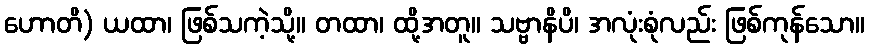
ဟောတိ) ယထာ၊ ဖြစ်သကဲ့သို့။ တထာ၊ ထို့အတူ။ သဗ္ဗာနိပိ၊ အလုံးစုံလည်း ဖြစ်ကုန်သော။